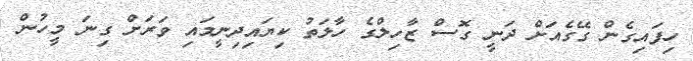
ހިފައިގެން ގޭގެއަށް ދަނީ ގޮސް ޒާހިލްގެ ހާލަތު ކިޔައިދިނީމައި ވަރަށް ގިނަ މީހުން